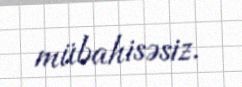
mübahisəsiz.